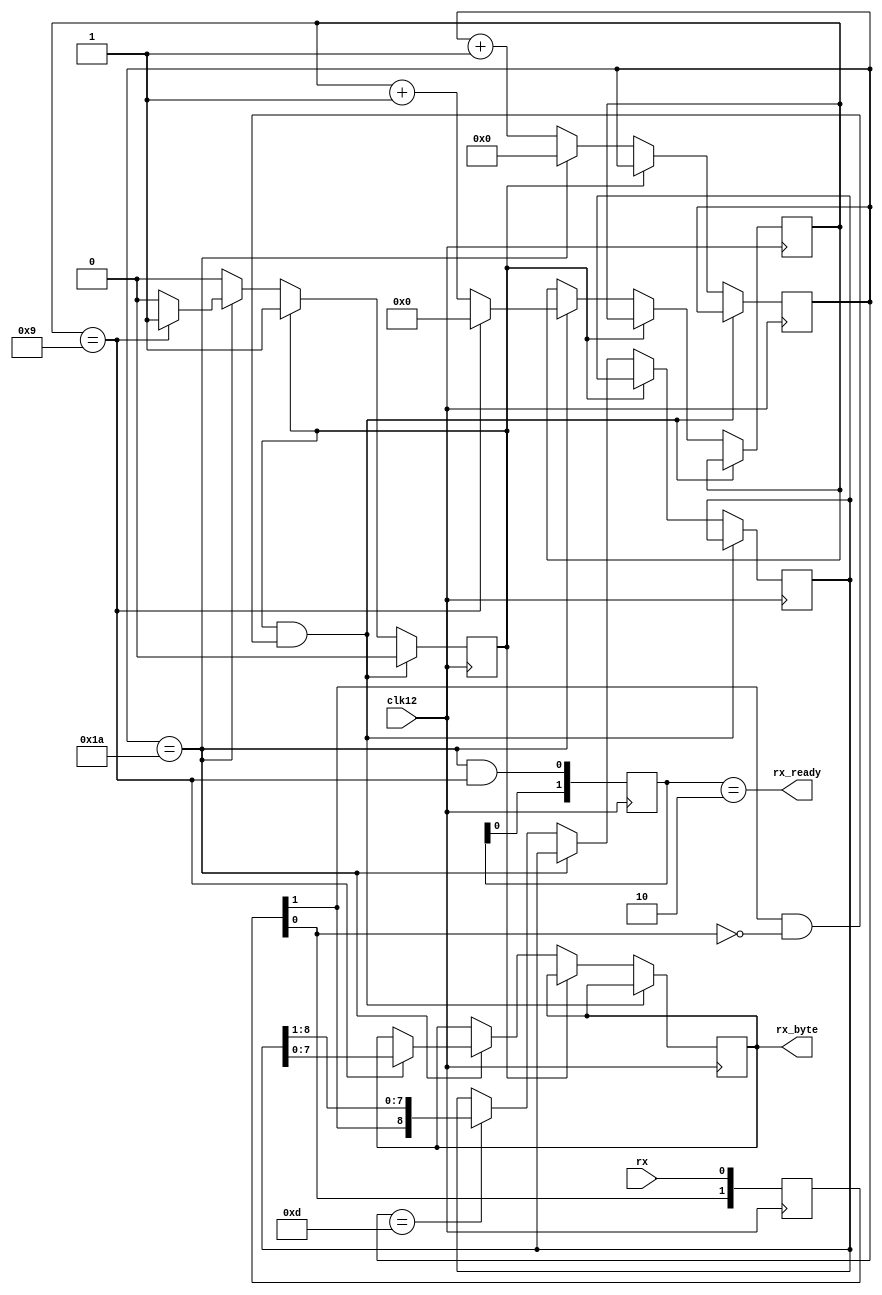
/*
 *   UART (FTDI Marsohod)
 * : 460800 ,  51200    (50   )
 * : 1   + 8  () + 1 ( )
 */
  
module serial(
	input   wire            clk12,          // 
	input   wire            rx,             //  
	output  reg     [7:0]   rx_byte,        //  
	output  wire            rx_ready        //  
);

// 460800 baud
parameter R_COUNT = 26;     //   (12'000'000 / 26 ~ 460800 )

reg [8:0] rc_data;          //  
reg [1:0] latch;            //   
reg [6:0] period   = 1'b0;  //   
reg [3:0] num_bits = 1'b0;  //    (0..8)
reg [1:0] flg      = 1'b0;  // ,    
reg       waiting  = 1'b1;  //  ,   

//     1   
assign rx_ready = (flg == 2'b10);

//    
wire spad = latch[1] & !latch[0]; //  1,  0 -    

//       ,   ,   
always @(posedge clk12) latch <= {latch[0], rx};  

//   
wire eof = (period == R_COUNT && num_bits == 4'd9);

//    
// num_bits =     9      8 7 6 5 4 3 2 1    0    <---  
//             [          ] 

//   
always @(posedge clk12) begin

    //       -   .
    //     
    if (waiting & spad) begin    
        waiting <= 1'b0;        
        
    end
    
    //      
    else if (!waiting) begin
        
        //  ,   
        if (period == R_COUNT) begin

            period <= 1'b0;
    
            //    ,   
            if (num_bits == 4'd9) begin
            
                waiting  <= 1'b1;           //     (-)
                num_bits <= 1'b0;           //   
                rx_byte  <= rc_data[7:0];   //    (     , 8- )

            //   
            end else num_bits <= num_bits + 1'b1;

        end
        else begin
        
            //   -  
            if (period == R_COUNT / 2) rc_data <= {latch[1], rc_data[8:1]};            

            //   
            period <= period + 1'b1;

        end

    end
    
    //   EOF,      1 (),       
    flg <= {flg[0], eof};

end

endmodule